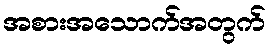
အစားအသောက်အတွက်